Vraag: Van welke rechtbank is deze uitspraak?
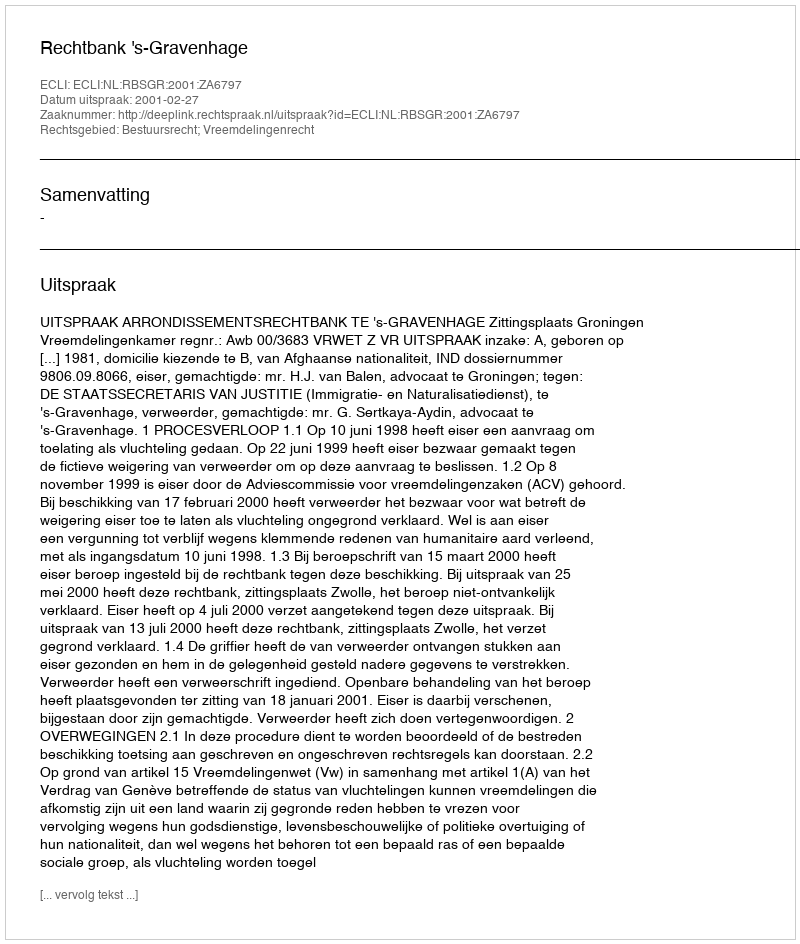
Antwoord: Rechtbank 's-Gravenhage